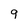
Character: 9